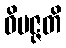
ဝိပဇ္ဇတိ